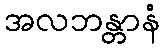
အလဘန္တာနံ